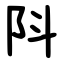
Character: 阧